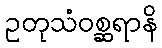
ဥတုသံဝစ္ဆရာနိ